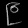
Digit: ၉